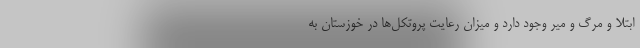
ابتلا و مرگ و میر وجود دارد و میزان رعایت پروتکل‌ها در خوزستان به